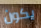
يكون